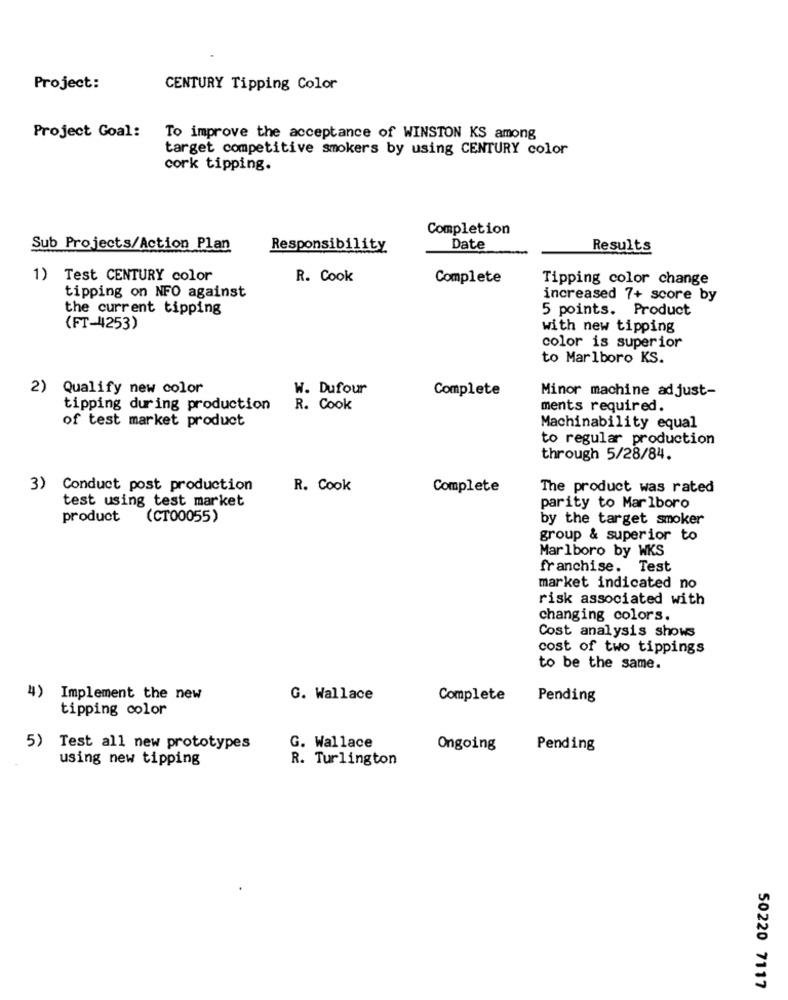
Project:
CENTURY Tipping Color
Project Goal:
To improve the acceptance of WINSTON KS among
target competitive smokers by using CENTURY color
cork tipping.
Completion
Sub Projects/Action Plan
Responsibility
Date
Results
1) Test CENTURY color
R. Cook
Complete
Tipping color change
tipping on NFO against
increased 7+ score by
the current tipping
5 points. Product
(FT-4253)
with new tipping
color is superior
to Marlboro KS.
2) Qualify new color
W. Dufour
Complete
Minor machine adjust-
tipping during production
R. Cook
ments required.
of test market product
Machinability equal
to regular production
through 5/28/84.
3) Conduct post production
R. Cook
Complete
The product was rated
test using test market
parity to Marlboro
product
(CT00055)
by the target smoker
group & superior to
Marlboro by WKS
franchise. Test
market indicated no
risk associated with
changing colors.
Cost analysis shows
cost of two tippings
to be the same.
4) Implement the new
G. Wallace
Complete
Pending
tipping color
5) Test all new prototypes
G. Wallace
Ongoing
Pending
using new tipping
R. Turlington
50220 7117